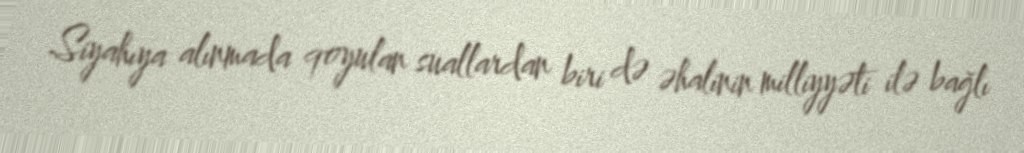
Siyahıya alınmada qoyulan suallardan biri də əhalinin milliyyəti ilə bağlı